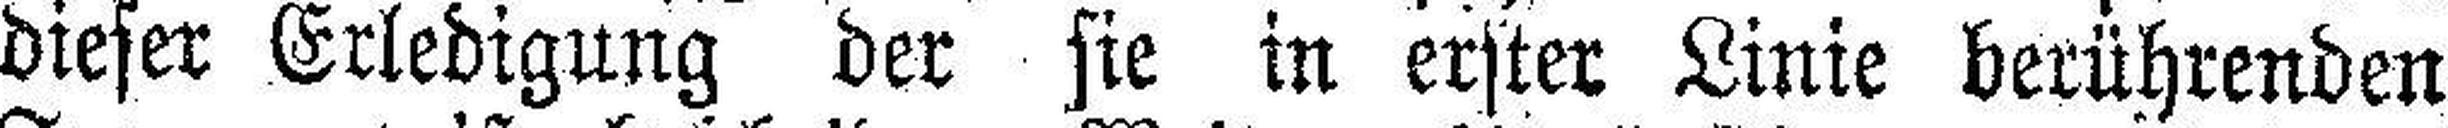
dieser Erledigung der sie in erster Linie berührenden